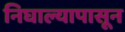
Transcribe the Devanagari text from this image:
निघाल्यापासून